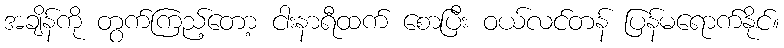
အချိန်ကို တွက်ကြည့်တော့ ငါးနာရီထက် စောပြီး ဝယ်လင်တန် ပြန်မရောက်နိုင်။